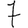
Digit: 7